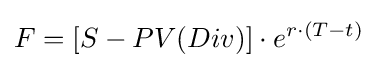
F=[S-PV(Div)]\cdot e^{r\cdot (T-t)}\